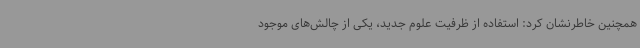
همچنین خاطرنشان کرد: استفاده از ظرفیت علوم جدید، یکی از چالش‌های موجود